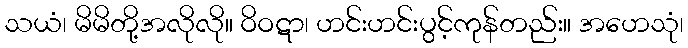
သယံ၊ မိမိတို့အလိုလို။ ဝိဝဋာ၊ ဟင်းဟင်းပွင့်ကုန်တည်း။ အဟေသုံ၊